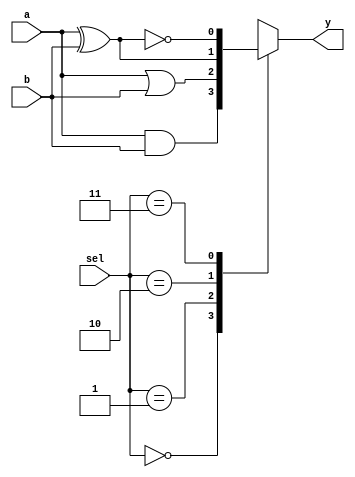
// 2022-7-21
// 4 1
`timescale 1ns/10ps
module fn_sw_4(a, b, sel, y);
    input           a;
    input           b;
    input[1:0]      sel;
    output          y;

    reg             y;
    always@(a or b or sel)begin
        case(sel)
            2'b00: begin y <= a&b;      end
            2'b01: begin y <= a|b;      end
            2'b10: begin y <= a^b;      end
            2'b11: begin y <= ~(a^b);   end
        endcase
    end
endmodule

// testbench of fn_sw_4

module fn_sw_4_tb;

    reg[3:0]    absel;
    wire        y;

    fn_sw_4 fn_sw_4(.a(absel[0]), .b(absel[1]), .sel(absel[3:2]), .y(y));

    initial begin
        #000    absel<=0;
        #200    $stop;
    end

    always #10 absel<=absel+1;


endmodule